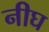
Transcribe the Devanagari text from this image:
नीघ